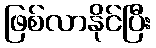
ဖြစ်လာနိုင်ပြီး